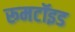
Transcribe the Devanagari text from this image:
रूमटॉइड